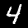
Label: 4